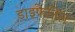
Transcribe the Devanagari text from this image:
डाइफेनिल